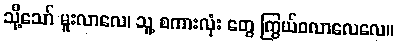
သို့သော် မူးလာလေ၊ သူ့ စကားလုံး တွေ ကြွယ်ဝလာလေလေ။